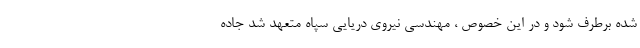
شده برطرف شود و در این خصوص ، مهندسی نیروی دریایی سپاه متعهد شد جاده